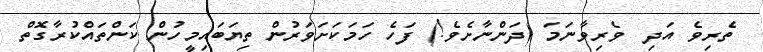
ތެރިވެ އަދި  ވެރިވާނަމަ (ދަންނާށެވެ!) ފަހެ ހަމަކަށަވަރުން ތިޔަބައިމީހުން ކަންތައްކުރާގޮތް